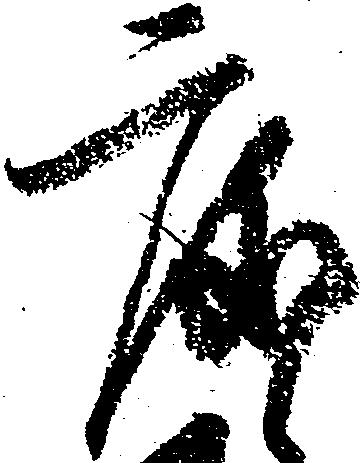
度